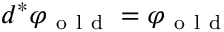
d ^ { * } \varphi _ { \mathrm { ~ o ~ l ~ d ~ } } = \varphi _ { \mathrm { ~ o ~ l ~ d ~ } }